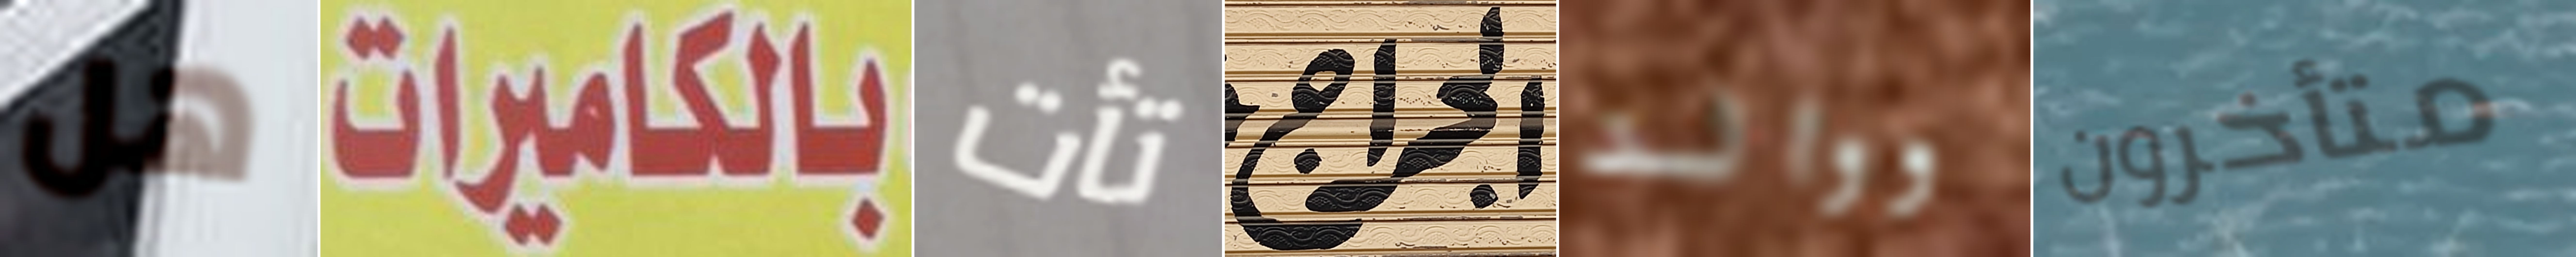
هل بالكاميرات تأت الجراج ووالد متأخرون